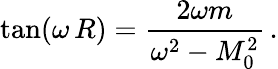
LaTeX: \tan(\omega\, R)=\frac{2\omega m}{\omega^{2}-M_{0}^{2}}\, {.}